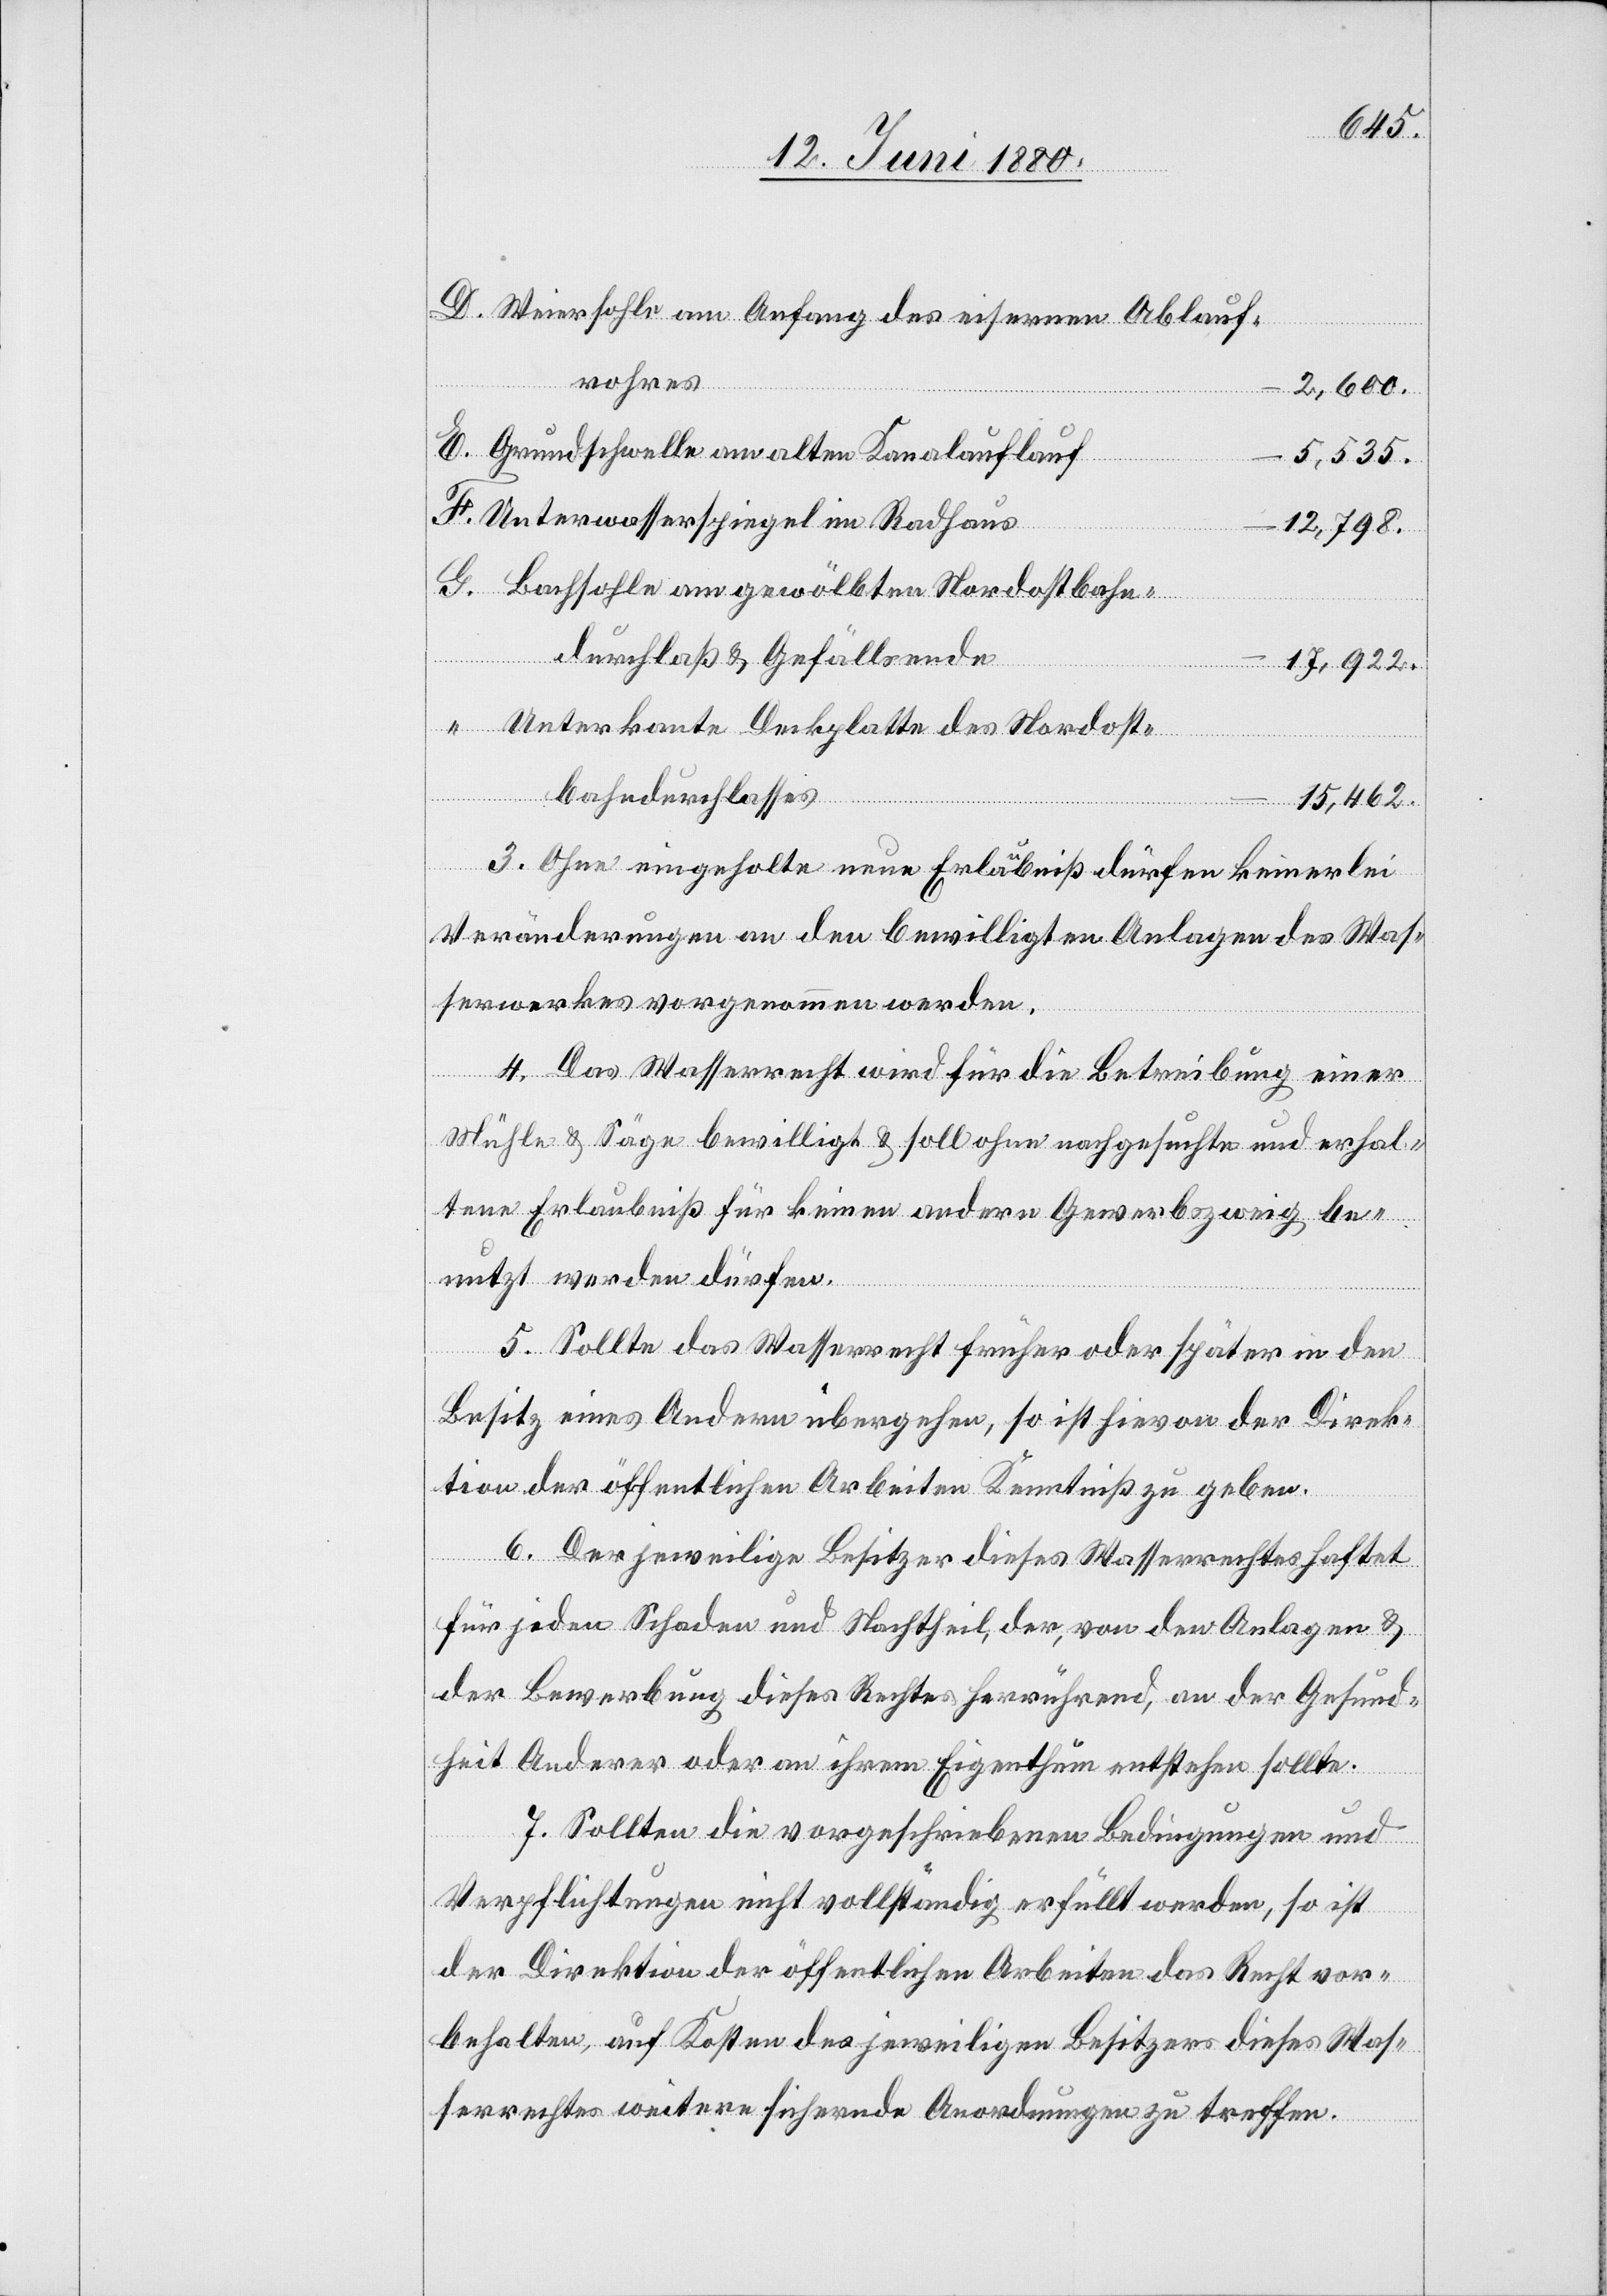
Weiersohle am Anfang des eisernen Ablauf¬
rohres
2,600
Grundschwelle am alten Kanalauflauf
5,535
Unterwasserspiegel im Radhaus
12,798
Bachsohle am gewölbten Nordostbahn¬
durchlaß & Gefällsende
Unterkante Deckplatte des Nordost¬
bahndurchlasses
15,462
3. Ohne eingeholte neue Erlaubniß dürfen keinerlei
Veränderungen an den bewilligten Anlagen des Was¬
serwerkes vorgenommen werden.
4. Das Wasserrecht wird für die Betreibung einer
Mühle & Säge bewilligt & soll ohne nachgesuchte und erhal¬
tene Erlaubniß für keinen andern Gewerbszweig be¬
nutzt werden dürfen.
5. Sollte das Wasserrecht früher oder später in den
Besitz eines Andern übergehen, so ist hievon der Direk¬
tion der öffentlichen Arbeiten Kenntniß zu geben.
6. Der jeweilige Besitzer dieses Wasserrechtes haftet
für jeden Schaden und Nachtheil, der, von den Anlagen &
der Bewerbung dieses Rechtes herrührend, an der Gesund¬
heit Anderer oder an ihrem Eigenthum entstehen sollte.
7. Sollten die vorgeschriebenen Bedingungen und
Verpflichtungen nicht vollständig erfüllt werden, so ist
der Direktion der öffentlichen Arbeiten das Recht vor¬
behalten, auf Kosten des jeweiligen Besitzers dieses Was¬
serrechtes weitere sichernde Anordnungen zu treffen.